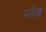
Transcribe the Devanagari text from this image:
म्लेछ